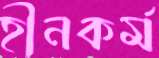
হীনকর্ম